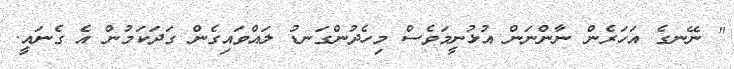
" ނޭނގެ އަހަރެން ނާންނަން އުޅުނީމަވެސް މިހެދުންގަނޑު ލައްވައިގެން ގަދަކަމުން އެ ގެނައީ.